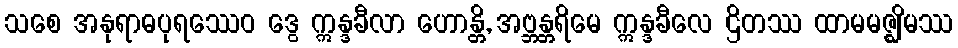
သစေ အနုရာဓပုရဿေဝ ဒွေ ဣန္ဒခီလာ ဟောန္တိ, အဗ္ဘန္တရိမေ ဣန္ဒခီလေ ဌိတဿ ထာမမဇ္ဈိမဿ